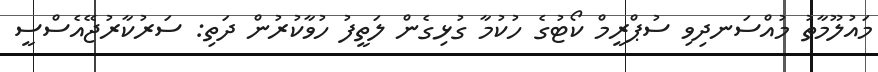
މައުލޫމާތު މުއްސަނދިވި ސުޕްރީމް ކޯޓުގެ ހުކުމާ ގުޅިގެން ލަތީފު ހުވާކުރުން ދަތި: ސަރުކާރުޖޭއެސްސީ